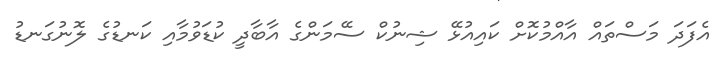
އެފަދަ މަސްތައް އާއްމުކޮށް ކައިއުޅޭ ޝިނުކް ސޭމަންގެ އާބާދީ ކުޑަވުމާއި ކަނޑުގެ ލޮނުގަނޑު